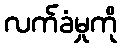
လက်ခံမှုကို